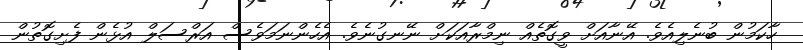
ހާކަމުން ބުނެލިއެވެ. އޭނާއަށް ވީގޮތެއް ނިމްރާއަކަށް ނޭނގުނެވެ. އެހެންނަމަވެސް އަރްސަލް އުޅެން ފެށިގޮތުން